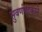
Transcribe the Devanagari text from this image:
सुवर्णपदकाने